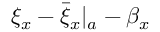
\xi _ { x } - { \bar { \xi } _ { x } } | _ { a } - \beta _ { x }